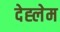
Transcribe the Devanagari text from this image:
देह्लेम